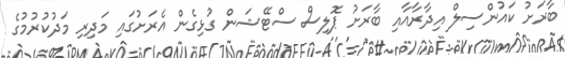
ބާރަށު ކައުންސިލް އިދާރާއާއި ބާރަށު ޕޮލިސް ސްޓޭޝަން ގުޅިގެން އެރަށުގައި މަދިރި މަދުކުރުމުގެ